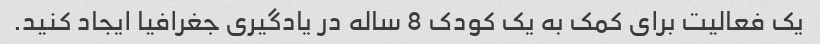
یک فعالیت برای کمک به یک کودک 8 ساله در یادگیری جغرافیا ایجاد کنید.